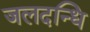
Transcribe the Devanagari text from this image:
जलदन्धि